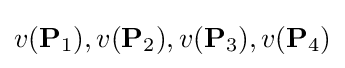
v(\mathbf {P} _{1}),v(\mathbf {P} _{2}),v(\mathbf {P} _{3}),v(\mathbf {P} _{4})